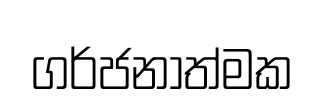
ගර්ජනාත්මක